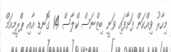
މިހާރު ވިއްކަން ފަށާފައި ވަނީ ބިޒްނަސް ކްލާސް 14 ގޮނޑި އާއި ޕްރީމިއަމް